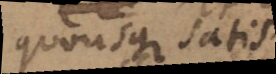
quousque satis